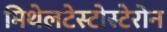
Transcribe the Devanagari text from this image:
मिथेलटेस्टोस्टेरोन